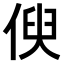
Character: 𠋟